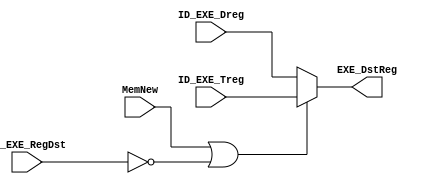
module DstRegMUX (EXE_DstReg, ID_EXE_Treg, ID_EXE_Dreg, ID_EXE_RegDst, MemNew);

// input 
	input [4:0] ID_EXE_Dreg, ID_EXE_Treg;
	input ID_EXE_RegDst, MemNew;
	
// output
	output reg [4:0] EXE_DstReg;
	
	always @(*)
		begin
			if(MemNew == 1 || ID_EXE_RegDst == 0)
				EXE_DstReg <= ID_EXE_Treg;
			else  
				EXE_DstReg <= ID_EXE_Dreg;
		end
		
endmodule